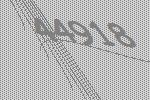
44918